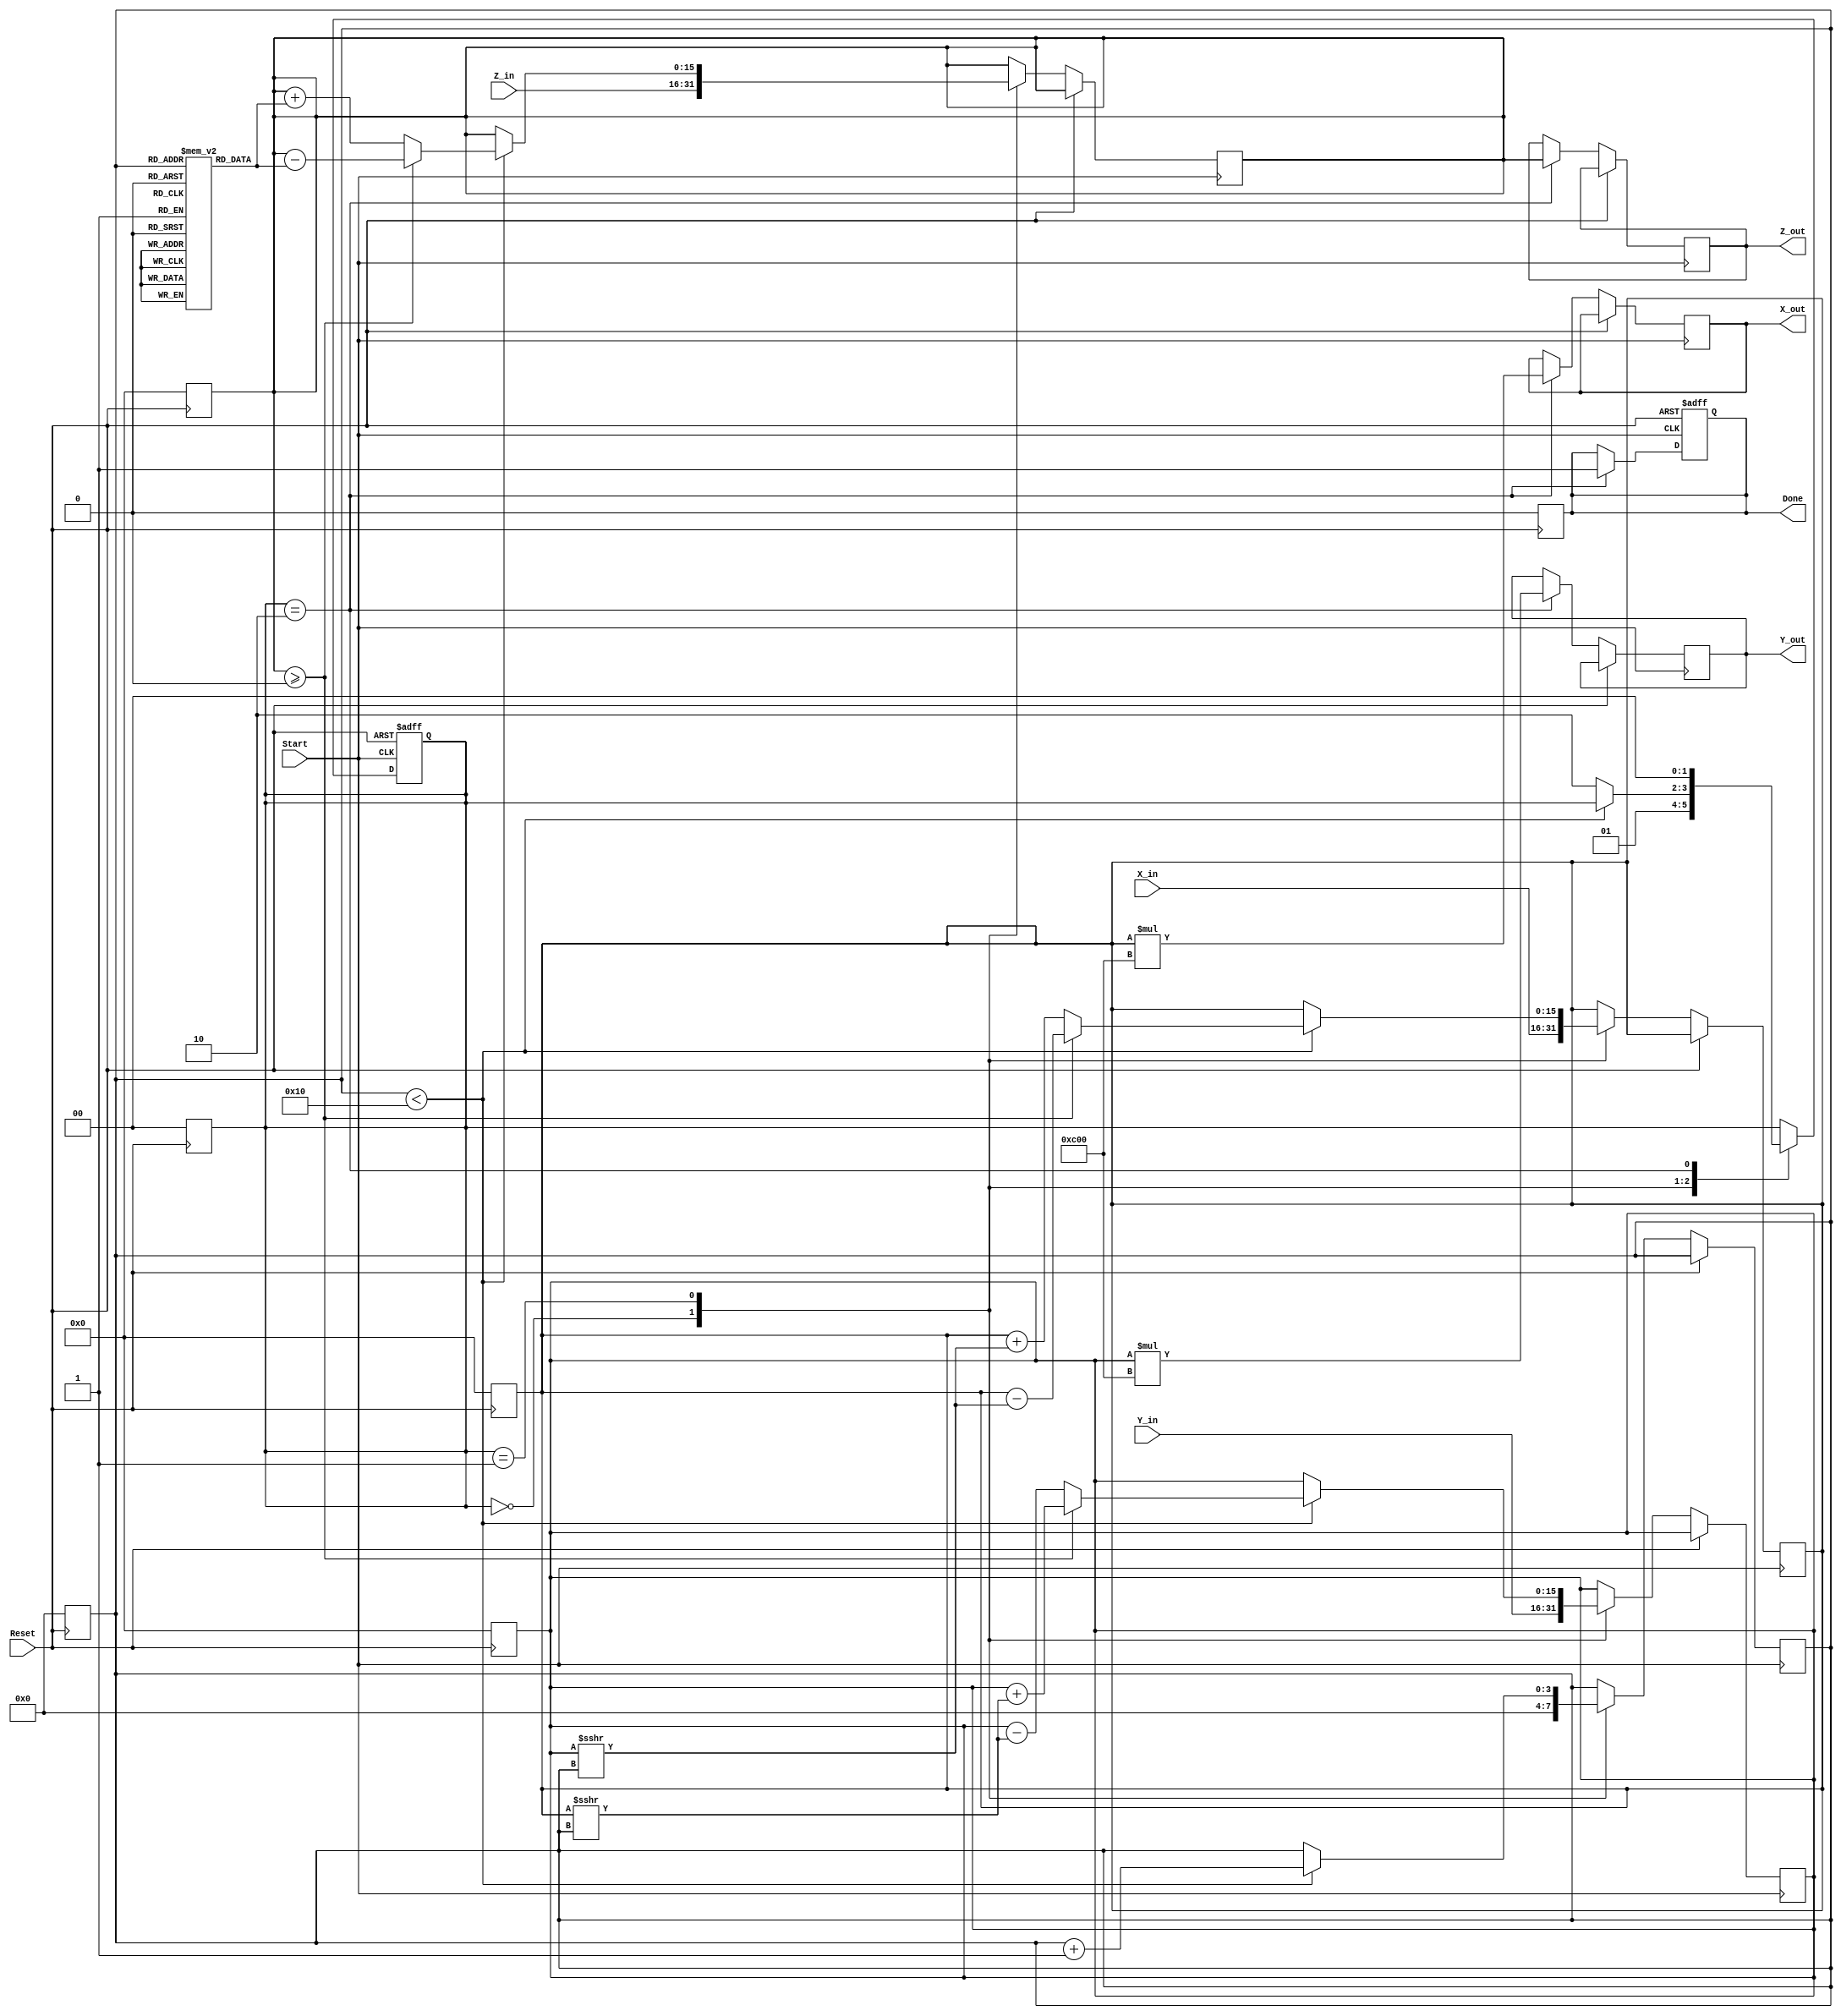
module CORDIC_2D (
    input wire signed [15:0] X_in,      // Input x-coordinate
    input wire signed [15:0] Y_in,      // Input y-coordinate
    input wire signed [15:0] Z_in,      // Input angle
    input wire Start,                   // Start signal
    input wire Reset,                   // Asynchronous reset
    output reg signed [15:0] X_out,     // Output x-coordinate
    output reg signed [15:0] Y_out,     // Output y-coordinate
    output reg signed [15:0] Z_out,     // Output remaining angle
    output reg Done                     // Done signal
);

    // Parameters
    parameter MAX_ITER = 16;            // Maximum number of iterations
    parameter FIXED_POINT_SCALE = 16'h0C00; // Scaling factor for fixed-point representation

    // Internal Registers
    reg signed [15:0] X_reg, Y_reg, Z_reg; // Registers to hold current values
    reg [3:0] Iteration_count;             // Counter for iterations
    reg [1:0] state;                       // FSM state: 0=Idle, 1=Compute, 2=Done

    // Lookup table for arctangent values (atan(2^-i))
    reg signed [15:0] atan_table [0:15];

    initial begin
        // Initialize the arctangent lookup table
        atan_table[0] = 16'h0C00; // atan(1) = 45 degrees in fixed-point
        atan_table[1] = 16'h0600; // atan(0.5)
        atan_table[2] = 16'h0300; // atan(0.25)
        atan_table[3] = 16'h0180; // atan(0.125)
        // Continue filling the table...
        // For simplicity, we can assume these are the values
        // Add more values for higher precision
    end

    // FSM states
    localparam IDLE = 2'b00;
    localparam COMPUTE = 2'b01;
    localparam DONE = 2'b10;

    // Asynchronous Reset
    always @(posedge Reset) begin
        state <= IDLE;
        X_reg <= 0;
        Y_reg <= 0;
        Z_reg <= 0;
        Iteration_count <= 0;
        Done <= 0;
    end

    // Main Control Logic
    always @(posedge Start or posedge Reset) begin
        if (Reset) begin
            state <= IDLE;
            Done <= 0;
        end else begin
            case (state)
                IDLE: begin
                    X_reg <= X_in;
                    Y_reg <= Y_in;
                    Z_reg <= Z_in;
                    Iteration_count <= 0;
                    state <= COMPUTE;
                end
                COMPUTE: begin
                    if (Iteration_count < MAX_ITER) begin
                        // Perform CORDIC iteration
                        if (Z_reg >= 0) begin
                            // Counter-clockwise rotation
                            X_reg <= X_reg - (Y_reg >>> Iteration_count);
                            Y_reg <= Y_reg + (X_reg >>> Iteration_count);
                            Z_reg <= Z_reg - atan_table[Iteration_count];
                        end else begin
                            // Clockwise rotation
                            X_reg <= X_reg + (Y_reg >>> Iteration_count);
                            Y_reg <= Y_reg - (X_reg >>> Iteration_count);
                            Z_reg <= Z_reg + atan_table[Iteration_count];
                        end
                        Iteration_count <= Iteration_count + 1;
                    end else begin
                        // Finished computation
                        state <= DONE;
                    end
                end
                DONE: begin
                    X_out <= X_reg * FIXED_POINT_SCALE; // Apply scaling factor
                    Y_out <= Y_reg * FIXED_POINT_SCALE; // Apply scaling factor
                    Z_out <= Z_reg;
                    Done <= 1;
                    state <= IDLE; // Reset to IDLE after done
                end
            endcase
        end
    end

endmodule